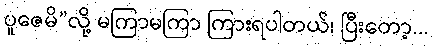
ပူဇေမိ”လို့ မကြာမကြာ ကြားရပါတယ်၊ ပြီးတော့...